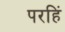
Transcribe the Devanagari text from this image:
परहिं